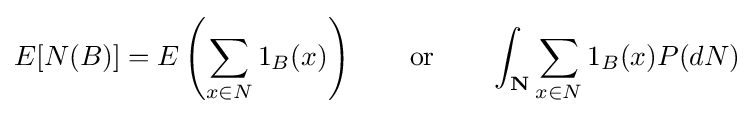
E[{N}(B)]=E\left(\sum _{x\in {N}}1_{B}(x)\right)\qquad {\text{or}}\qquad \int _{\textbf {N}}\sum _{x\in {N}}1_{B}(x)P(d{N})